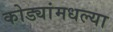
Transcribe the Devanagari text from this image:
कोड्यांमधल्या